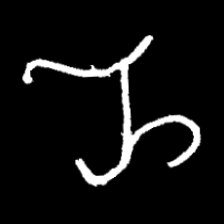
Pyu character \u2014 Myanmar letter: ည (romanized: nya)